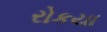
રોકયા